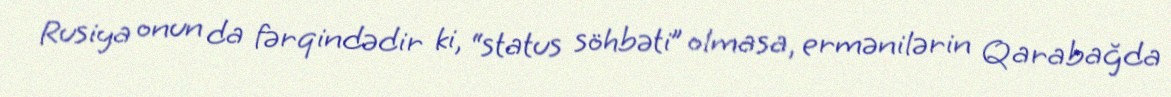
Rusiya onun da fərqindədir ki, “status söhbəti” olmasa, ermənilərin Qarabağda